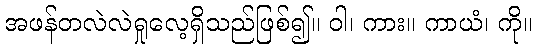
အဖန်တလဲလဲရှုလေ့ရှိသည်ဖြစ်၍။ ဝါ၊ ကား။ ကာယံ၊ ကို။